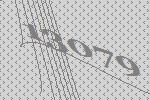
13079